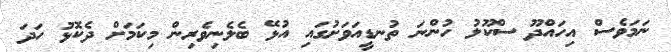
ނަމަވެސް އިހައްދޫ ސްކޫލު ހުންނަ ތުނޑީއަވަށުގައި އުޅޭ ބެލެނިވެރިން މިކަމަށް ދެކޮޅު ހަދަ